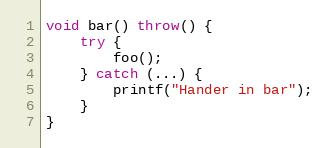
Language: C++
void bar() throw() {
    try {
        foo();
    } catch (...) {
        printf("Hander in bar");
    }
}